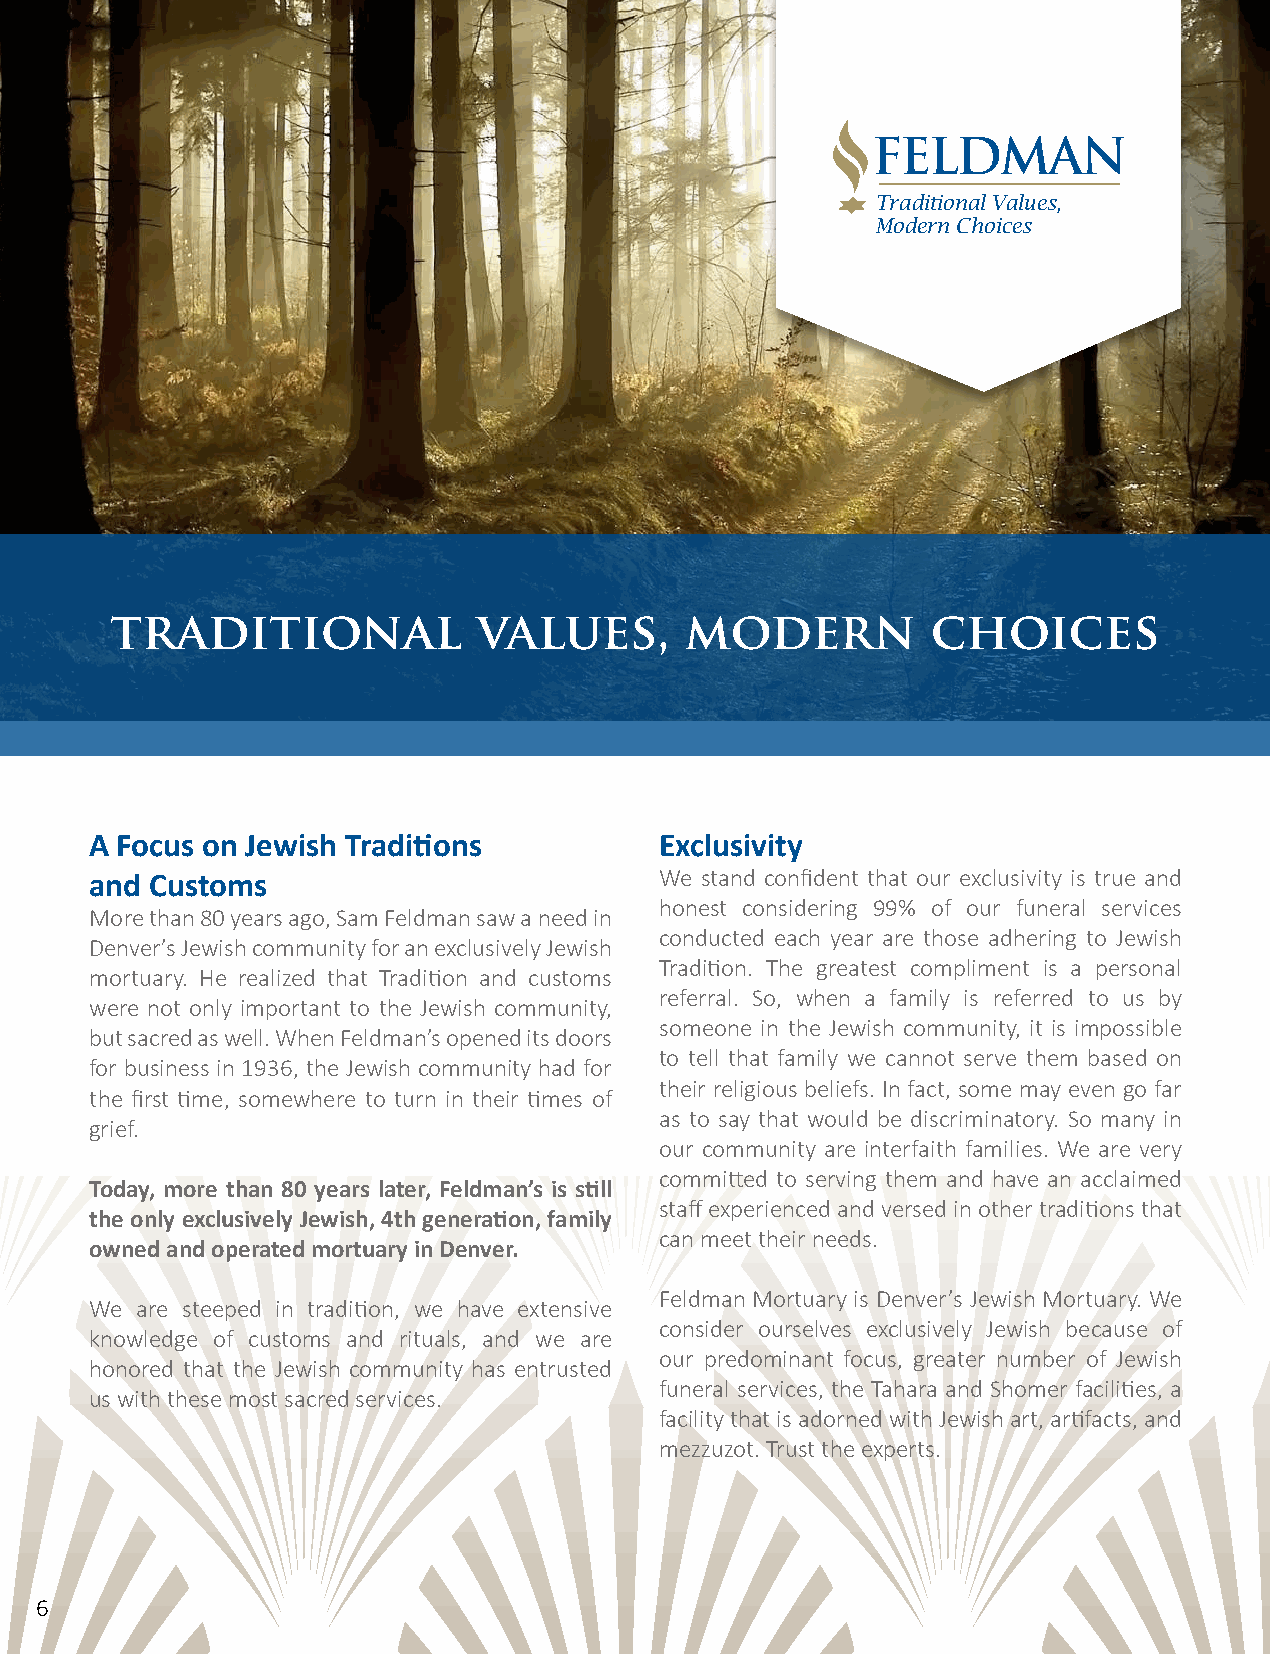
Traditional Values,
 Modern Choices
 traditional              values,      modern           choices
 A Focus on Jewish Traditions          Exclusivity
 We stand confident that our exclusivity is true and
 and Customs
 honest considering 99% of our funeral services
 More than 80 years ago, Sam Feldman saw a need in
 conducted each year are those adhering to Jewish
 Denver’s Jewish community for an exclusively Jewish
 Tradition. The greatest compliment is a personal
 mortuary. He realized that Tradition and customs
 referral. So, when a family is referred to us by
 were not only important to the Jewish community,
 someone in the Jewish community, it is impossible
 but sacred as well. When Feldman’s opened its doors
 to tell that family we cannot serve them based on
 for business in 1936, the Jewish community had for
 their religious beliefs. In fact, some may even go far
 the first time, somewhere to turn in their times of
 as to say that would be discriminatory. So many in
 grief.
 our community are interfaith families. We are very
 committed to serving them and have an acclaimed
 Today, more than 80 years later, Feldman’s is still
 staff experienced and versed in other traditions that
 the only exclusively Jewish, 4th generation, family
 can meet their needs.
 owned and operated mortuary in Denver.
 Feldman Mortuary is Denver’s Jewish Mortuary. We
 We are steeped in tradition, we have extensive
 consider ourselves exclusively Jewish because of
 knowledge of customs and rituals, and we are
 our predominant focus, greater number of Jewish
 honored that the Jewish community has entrusted
 funeral services, the Tahara and Shomer facilities, a
 us with these most sacred services.
 facility that is adorned with Jewish art, artifacts, and
 mezzuzot. Trust the experts.
 6